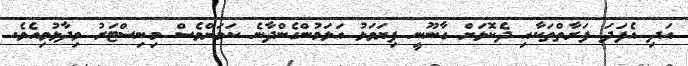
އަދި އެފަދަ ފަރާތްތަކާއި ދެކޮޅަށް ގާނޫނީ ފިޔަވަޅު އަޅަމުންގެންދާނެ ކަމަށްވެސް މިނިސްޓަރު ވިދާޅުވިއެވެ.